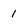
Character: 1